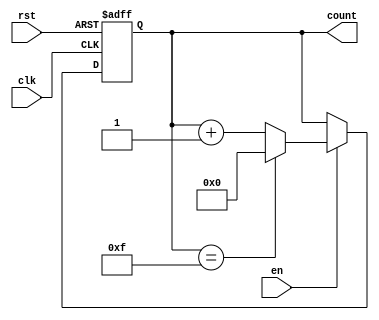
module synchronous_counter #(
    parameter WIDTH = 4 // Parameter to define the width of the counter
)(
    input wire clk,      // Clock input
    input wire rst,      // Asynchronous reset input
    input wire en,       // Enable input
    output reg [WIDTH-1:0] count // Counter output
);

// Always block for synchronous operation
always @(posedge clk or posedge rst) begin
    if (rst) begin
        count <= 0; // Reset the counter to zero
    end else if (en) begin
        if (count == (2**WIDTH - 1)) begin
            count <= 0; // Roll over to zero if maximum count is reached
        end else begin
            count <= count + 1; // Increment the counter
        end
    end
end

endmodule